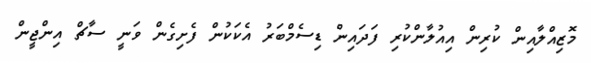
މޮޒިއްލާއިން ކުރިން އިއުލާންކުރި ފަދައިން ޑިސެމްބަރު އެކަކުން ފެށިގެން ވަނީ ސާޗް އިންޖީން